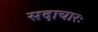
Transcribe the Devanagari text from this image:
सदाचारः